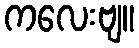
ကလေးဗျ။